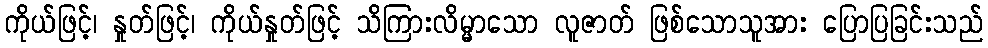
ကိုယ်ဖြင့်၊ နှုတ်ဖြင့်၊ ကိုယ်နှုတ်ဖြင့် သိကြားလိမ္မာသော လူဇာတ် ဖြစ်သောသူအား ပြောပြခြင်းသည်